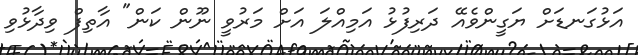
އަޅުގަނޑަށް ޔަގީންވެއޭ ދަރިފުޅު އަމިއްލަ އަށް މަރުވީ ނޫން ކަން" އާތިފް ވިދާޅުވި